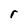
Character: r